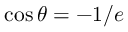
\cos \theta = - 1 / e